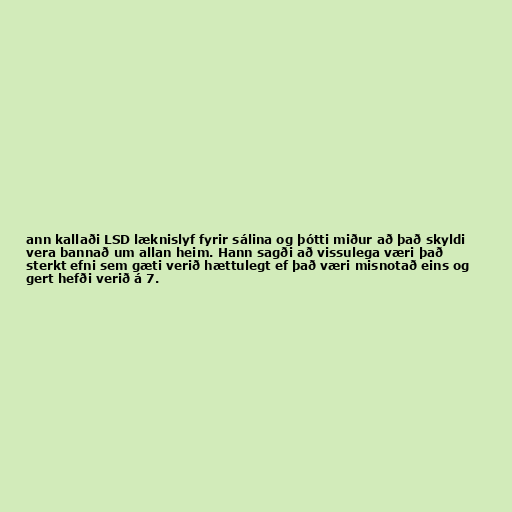
ann kallaði LSD læknislyf fyrir sálina og þótti miður að það skyldi
vera bannað um allan heim. Hann sagði að vissulega væri það
sterkt efni sem gæti verið hættulegt ef það væri misnotað eins og
gert hefði verið á 7.